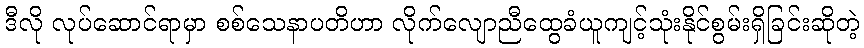
ဒီလို လုပ်ဆောင်ရာမှာ စစ်သေနာပတိဟာ လိုက်လျောညီထွေခံယူကျင့်သုံးနိုင်စွမ်းရှိခြင်းဆိုတဲ့